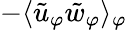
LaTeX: -\langle{\tilde{u}_{\varphi}\tilde{w}_{\varphi}}\rangle_{\varphi}